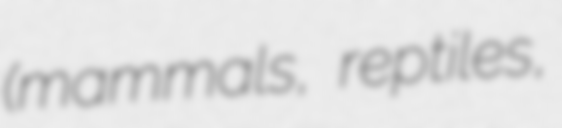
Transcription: (mammals, reptiles,